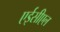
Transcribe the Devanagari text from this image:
एईसीएल